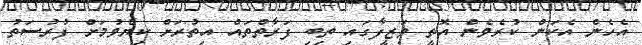
އެހެން އެކަން ކުރެވެން އޮތީ ވަޒީފާގައި ތިބި ފަރާތްތައް އިތުރަށް ކިޔެވުމަށް ފުރުސަތު